Indian Medical Review
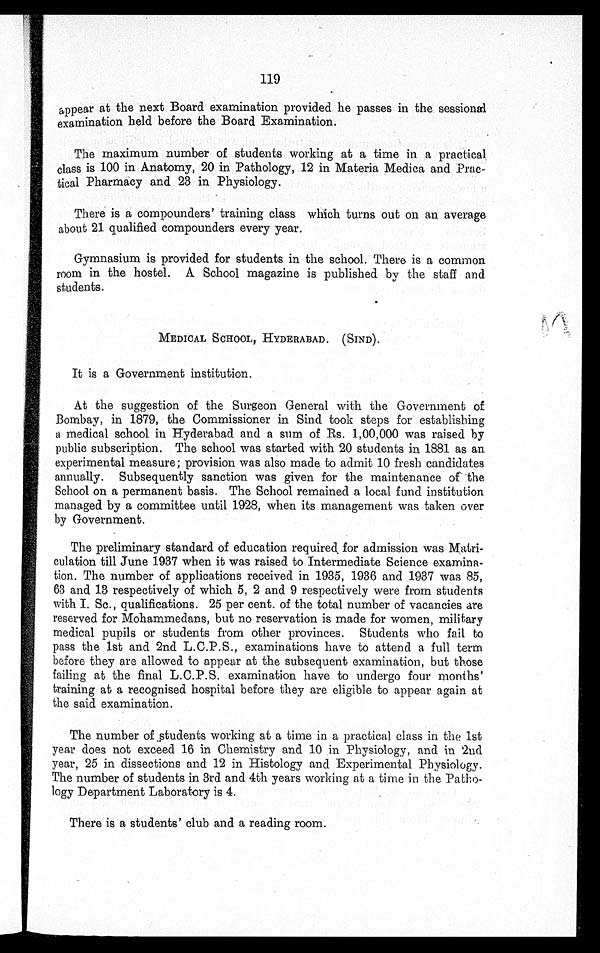
119
a p e a r a t t h e n e x t B o a r d e x a m i n a t i o n p r o v i d e d h e p a s s e s i n t h e s e s s i o n a l
examination held before the Board Examination.
The maximum number of students working at a time in a practical
class is 100 in Anatomy, 20 in Pathology, 12 in Materia Medica and Prac-
tical Pharmacy and 23 in Physiology.
There is a compounders' training class which turns out on an average
about 21 qualified compounders every year.
Gymnasium is provided for students in the school. There is a common
room in the hostel. A School magazine is published by the staff and
students.
MEDICAL SCHOOL, HYDERABAD. (SIND).
It is a Government institution.
At the suggestion of the Surgeon General with the Government of
Bombay, in 1879, the Commissioner in Sind took steps for establishing
a medical school in Hyderabad and a sum of Rs. 1,00,000 was raised by
public subscription. The school was started with 20 students in 1881 as an
experimental measure; provision was also made to admit 10 fresh candidates
annually. Subsequently sanction was given for the maintenance of the
School on a permanent basis. The School remained a local fund institution
managed by a committee until 1928, when its management was taken over
by Government.
The preliminary standard of education required for admission was Matri-
culation till June 1937 when it was raised to Intermediate Science examina-
tion. The number of applications received in 1935, 1936 and 1937 was 85,
63 and 13 respectively of which 5, 2 and 9 respectively were from students
with I. Sc., qualifications. 25 per cent. of the total number of vacancies are
reserved for Mohammedans, but no reservation is made for women, military
medical pupils or students from other provinces. Students who fail to
pass the 1st and 2nd L.C.P.S., examinations have to attend a full term
before they are allowed to appear at the subsequent examination, but those
failing at the final L.C.P.S. examination have to undergo four months
training at a recognised hospital before they are eligible to appear again at
the said examination.
The number of students working at a time in a practical class in the 1st
year does not exceed 16 in Chemistry and 10 in Physiology, and in 2nd
year, 25 in dissections and 12 in Histology and Experimental Physiology.
The number of students in 3rd and 4th years working at a time in the Patho-
logy Department Laboratory is 4.
There is a students' club and a reading room.